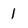
Character: 1